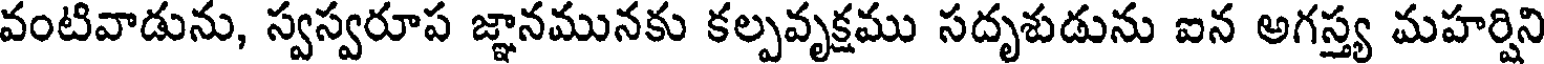
వంటివాడును, స్వస్వరూప జ్ఞానమునకు కల్పవృక్షము సదృశుడును ఐన అగస్త్య మహర్షిని